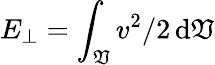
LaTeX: E_{\perp}=\int_{\mathfrak{V}}v^{2}/2\, \mathrm{{d}}\mathfrak{V}